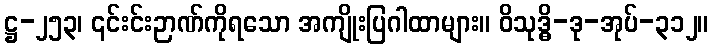
ဋ္ဌ-၂၅၃၊ ၎င်းင်းဉာဏ်ကိုရသော အကျိုးပြဂါထာများ။ ဝိသုဒ္ဓိ-ဒု-အုပ်-၃၁၂။